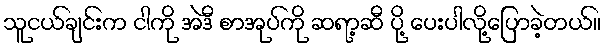
သူငယ်ချင်းက ငါကို အဲဒီ စာအုပ်ကို ဆရာ့ဆီ ပို့ ပေးပါလို့ပြောခဲ့တယ်။